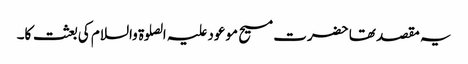
یہ مقصد تھا حضرت مسیح موعود علیہ الصلوۃ والسلام کی بعثت کا۔